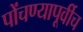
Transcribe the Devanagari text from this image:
पोंचण्यापूर्वीच